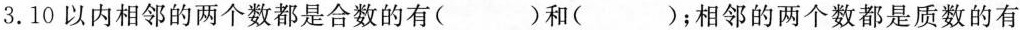
3.10以内相邻的两个数都是合数的有( )和( )；相邻的两个数都是质数的有